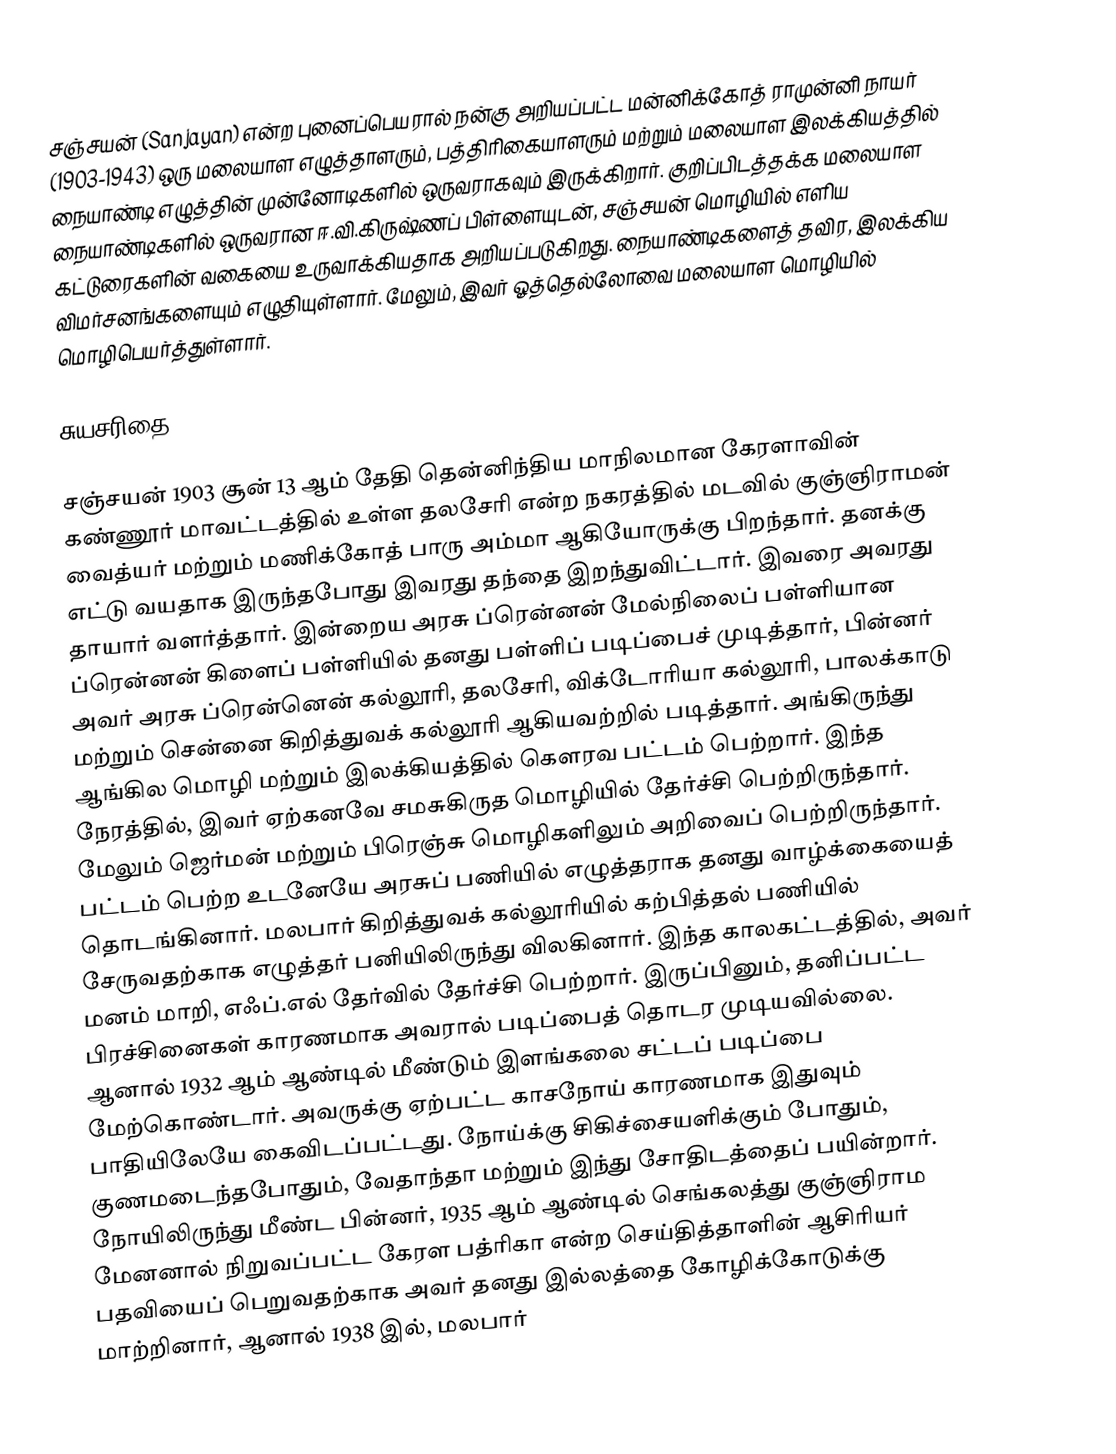
சஞ்சயன் (Sanjayan) என்ற புனைப்பெயரால் நன்கு அறியப்பட்ட மன்னிக்கோத் ராமுன்னி நாயர் (1903-1943) ஒரு மலையாள எழுத்தாளரும், பத்திரிகையாளரும் மற்றும் மலையாள இலக்கியத்தில் நையாண்டி எழுத்தின் முன்னோடிகளில் ஒருவராகவும் இருக்கிறார். குறிப்பிடத்தக்க மலையாள நையாண்டிகளில் ஒருவரான ஈ.வி.கிருஷ்ணப் பிள்ளையுடன், சஞ்சயன் மொழியில் எளிய கட்டுரைகளின் வகையை உருவாக்கியதாக அறியப்படுகிறது. நையாண்டிகளைத் தவிர, இலக்கிய விமர்சனங்களையும் எழுதியுள்ளார். மேலும், இவர் ஓத்தெல்லோவை மலையாள மொழியில் மொழிபெயர்த்துள்ளார்.

சுயசரிதை

சஞ்சயன் 1903 சூன் 13 ஆம் தேதி தென்னிந்திய மாநிலமான கேரளாவின் கண்ணூர் மாவட்டத்தில் உள்ள தலசேரி என்ற நகரத்தில் மடவில் குஞ்ஞிராமன் வைத்யர் மற்றும் மணிக்கோத் பாரு அம்மா ஆகியோருக்கு பிறந்தார். தனக்கு எட்டு வயதாக இருந்தபோது இவரது தந்தை இறந்துவிட்டார். இவரை அவரது தாயார் வளர்த்தார். இன்றைய அரசு ப்ரென்னன் மேல்நிலைப் பள்ளியான ப்ரென்னன் கிளைப் பள்ளியில் தனது பள்ளிப் படிப்பைச் முடித்தார், பின்னர் அவர் அரசு ப்ரென்னென் கல்லூரி, தலசேரி, விக்டோரியா கல்லூரி, பாலக்காடு மற்றும் சென்னை கிறித்துவக் கல்லூரி ஆகியவற்றில் படித்தார். அங்கிருந்து ஆங்கில மொழி மற்றும் இலக்கியத்தில் கௌரவ பட்டம் பெற்றார். இந்த நேரத்தில், இவர் ஏற்கனவே சமசுகிருத மொழியில் தேர்ச்சி பெற்றிருந்தார். மேலும் ஜெர்மன் மற்றும் பிரெஞ்சு மொழிகளிலும் அறிவைப் பெற்றிருந்தார். பட்டம் பெற்ற உடனேயே அரசுப் பணியில் எழுத்தராக தனது வாழ்க்கையைத் தொடங்கினார். மலபார் கிறித்துவக் கல்லூரியில் கற்பித்தல் பணியில் சேருவதற்காக எழுத்தர் பனியிலிருந்து விலகினார். இந்த காலகட்டத்தில், அவர் மனம் மாறி, எஃப்.எல் தேர்வில் தேர்ச்சி பெற்றார். இருப்பினும், தனிப்பட்ட பிரச்சினைகள் காரணமாக அவரால் படிப்பைத் தொடர முடியவில்லை. ஆனால் 1932 ஆம் ஆண்டில் மீண்டும் இளங்கலை சட்டப் படிப்பை மேற்கொண்டார். அவருக்கு ஏற்பட்ட காசநோய் காரணமாக இதுவும் பாதியிலேயே கைவிடப்பட்டது. நோய்க்கு சிகிச்சையளிக்கும் போதும், குணமடைந்தபோதும், வேதாந்தா மற்றும் இந்து சோதிடத்தைப் பயின்றார். நோயிலிருந்து மீண்ட பின்னர், 1935 ஆம் ஆண்டில் செங்கலத்து குஞ்ஞிராம மேனனால் நிறுவப்பட்ட கேரள பத்ரிகா என்ற செய்தித்தாளின் ஆசிரியர் பதவியைப் பெறுவதற்காக அவர் தனது இல்லத்தை கோழிக்கோடுக்கு மாற்றினார், ஆனால் 1938 இல், மலபார்